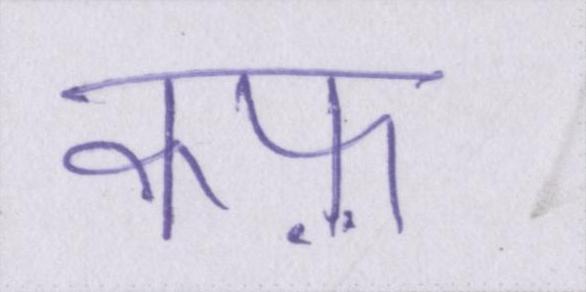
कफ़